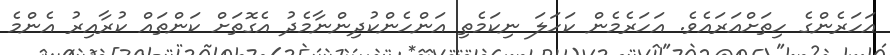
އަހަރެންގެ ހިތަށްއަރައެވެ. އަހަރެމެން ކަހަލަ ނިކަމެތި އަންހެންކުދިންނާމެދު އެގޮތަށް ކަންތައް ކުރާއިރު އެންމެ